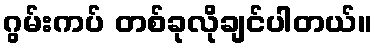
ဂွမ်းကပ် တစ်ခုလိုချင်ပါတယ်။